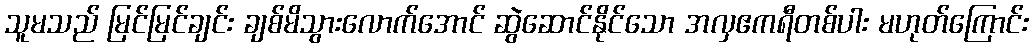
သူမသည် မြင်မြင်ချင်း ချစ်မိသွားလောက်အောင် ဆွဲဆောင်နိုင်သော အလှဧကရီတစ်ပါး မဟုတ်ကြောင်း